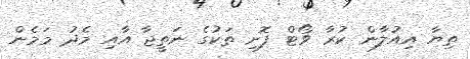
ތިޔާ އިއުލާން ކުރާ ވޯޓް ފޮށި ތަކުގެ ނަތީޖާ އާއި މެދު މަމެން